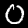
Digit: 0